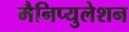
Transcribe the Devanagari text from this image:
मैनिप्युलेशन